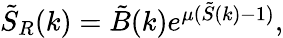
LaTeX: \begin{array}{r}{\tilde{S}_{R}(k)=\tilde{B}(k)e^{\mu(\tilde{S}(k)-1)},}\end{array}